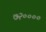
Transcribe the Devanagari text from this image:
७२००००